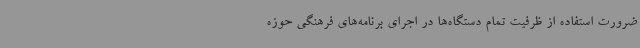
ضرورت استفاده از ظرفیت تمام دستگاه‌ها در اجرای برنامه‌های فرهنگی حوزه